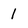
Character: 1